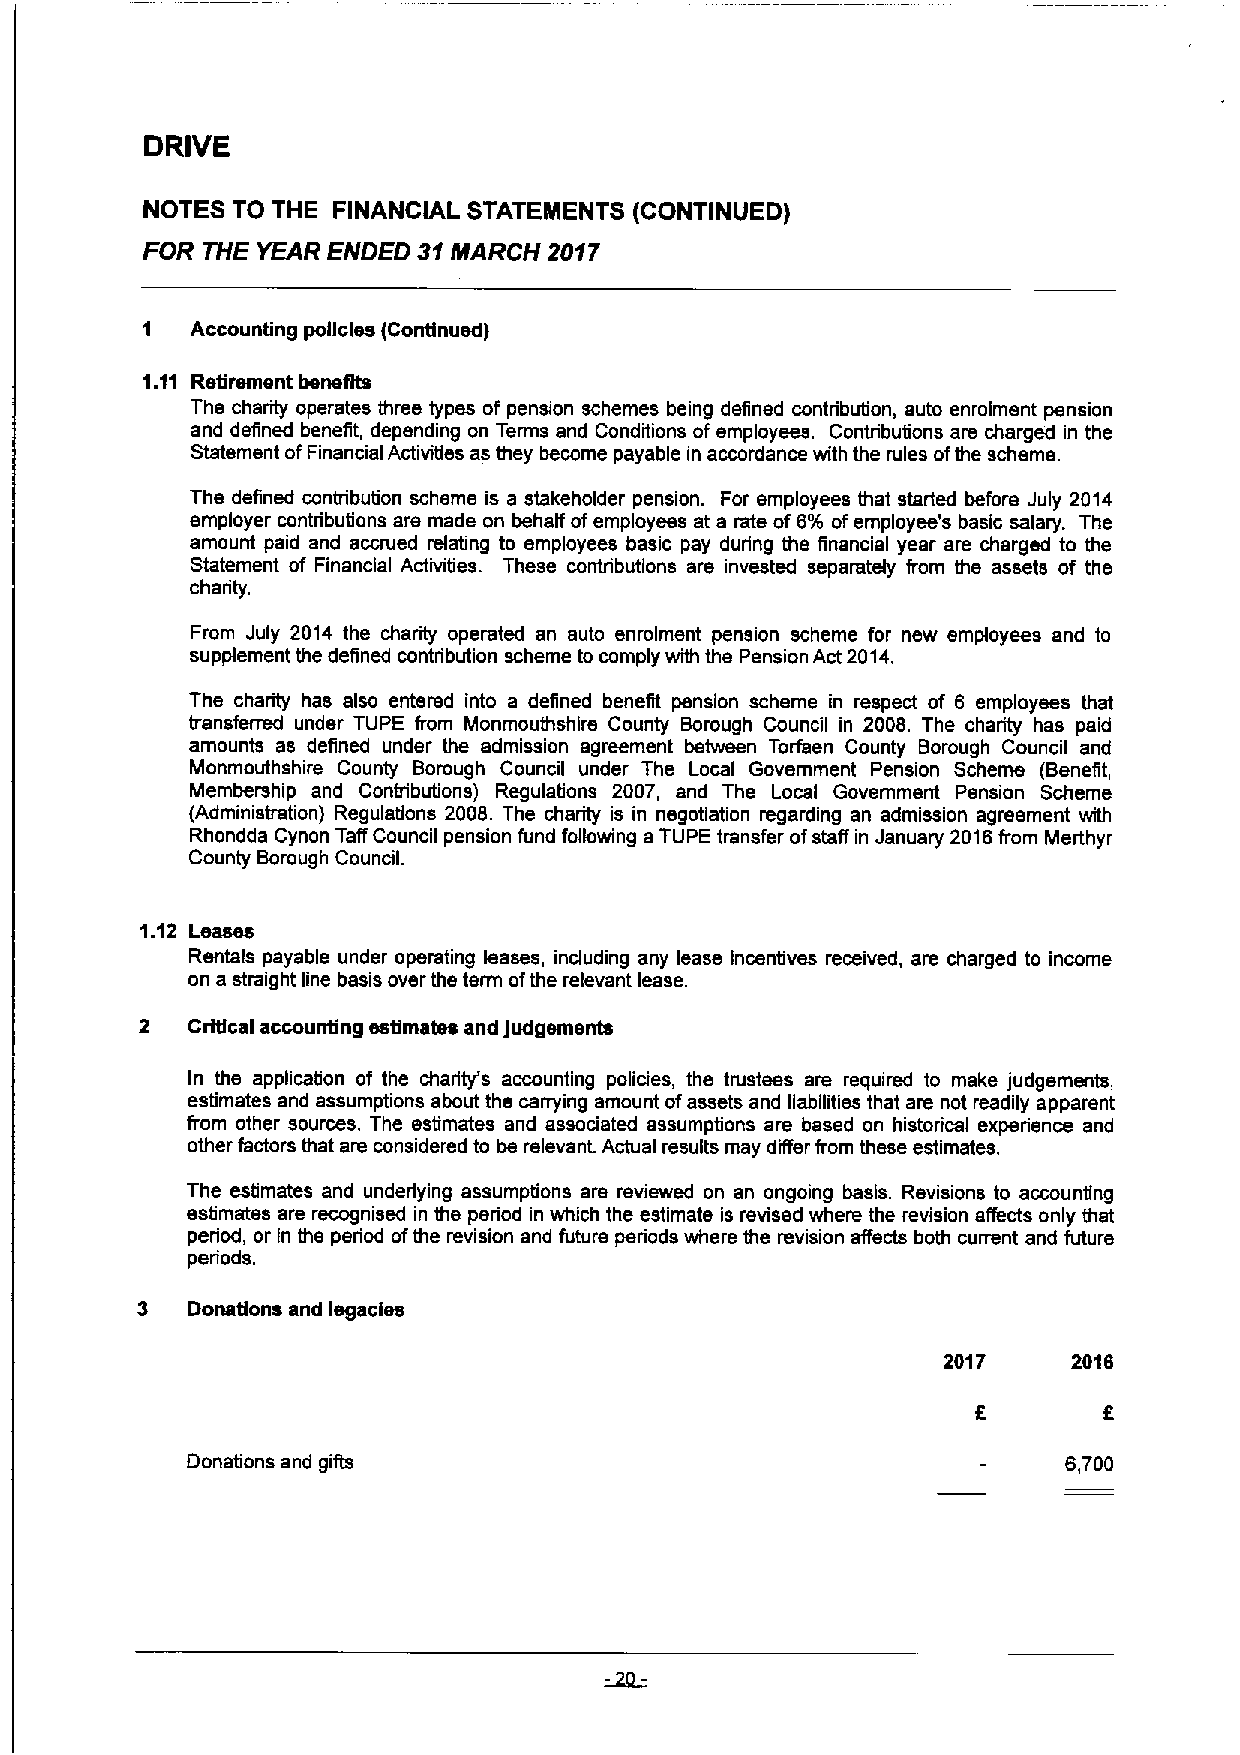
DRIVE
 NOTES TO THE FINANCIAL STATEIIIIENTS (CONTINUED)
 FOR THE YEAR ENDED 31MARCH 2017
 1   Accounting policies (Continued)
 1.11 Retirement benefits
 The charity operates three types of pension schemes being define contribution, auto enrolmsnt pension
 and defined benefit, depending on Terms and Conditions of employees. Contributions are charged in the
 Statement ofFinancial Activities as they become payable in accordance with the rules ofthe scheme.
 Ths defined contribution scheme is a stakeholder pension. For employees that started before July 2014
 employer contributions are made on behalf ofemployees at a rate of6% ofemployee's basic salary. The
 amount paid and accrued relating to employees basic pay during the financial year are charged to the
 Statement of Financial Activities. These contributions are invested separately from the assets of the
 charity.
 From July 2014 the charity operated an auto enrolment pension scheme for new employees and to
 supplement the defined contribution scheme to comply with ths Pension Act 2014.
 Ths charity has also entered into a defined benefrt pension scheme in respect of 6 employees that
 transferred under TUPE from Monmouthshirs County Borough Council in 2008. The charity has paid
 amounts as defined under the admission agreement between Torfaen County Borough Council and
 Monmouthshire County Borough Council under The ocal Government Pension Scheme (Benefit,
 I
 Membership and Conbibutions) Regulations 2007, and The Local Government Pension Scheme
 (Administration) Regulations 2008. The charity is in negotiation regarding an admission agreement with
 Rhondda Cynon Taff Council pension fund following a TUPE transfer ofstaff in January 2016from Merthyr
 County Borough Council.
 1.12 Leases
 Rentals payable under operating leases, induding any lease Incentives received, are charged to income
 on a straight line basis over the term ofthe relevant lease.
 2  Crttlcal accounting estimates and judgements
 In ths application of the charity's accounting policies, the trustees are required to make judgements,
 estimates and assumptions about ths carrying amount ofassets and llabfiities that are not readily apparent
 from other sources. The estimates and associated assumptions are based on historical experience and
 other factors that are considered to be relevanL Actual results may differ from these estimates.
 The estimates and underlying assumptions are reviewed on an ongoing basis. Revisions to accounting
 estimates are recognised in ths period in which the estimate is revised where the revision afiects only that
 period, or in the period ofthe revision and future periods where the revision affects both current and future
 periods.
 3  Donations and legacies
 2017     2016
 Donations and gifts                                        6,700